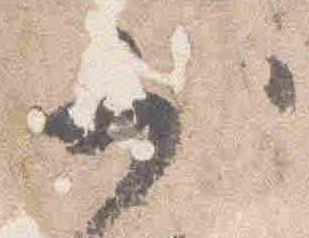
少